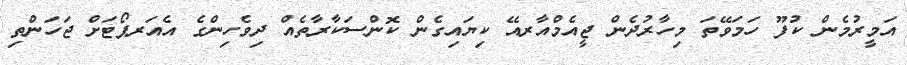
އަމީރުމެން ކުފޫ ހަމަވޭތަ މިހާރުދެން ޖީއެމްއާރއޭ ކިޔައިގެން ކޮންސަކާރާތެއް ދިވެހިންގެ އެއަރޕޯޓަށް ޖަހަންތި